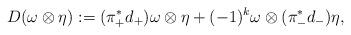
LaTeX: \begin{align*}D(\omega \otimes \eta) := (\pi^*_+d_+) \omega \otimes \eta + (-1)^k \omega \otimes (\pi^*_-d_-) \eta,\end{align*}